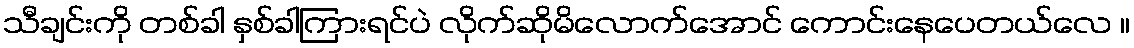
သီချင်းကို တစ်ခါ နှစ်ခါကြားရင်ပဲ လိုက်ဆိုမိလောက်အောင် ကောင်းနေပေတယ်လေ ။